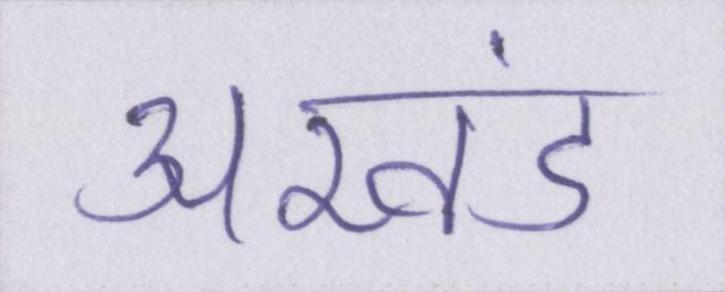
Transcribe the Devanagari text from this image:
अखंड